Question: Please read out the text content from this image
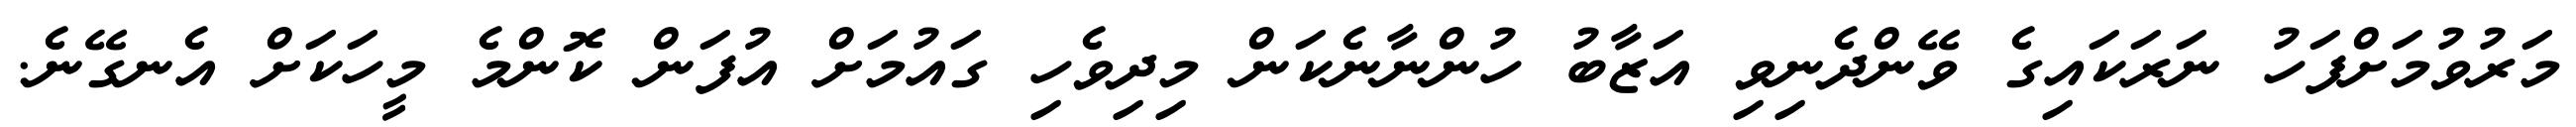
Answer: މަރުވުމަށްފަހު ނަރަކައިގެ ވޭންދެނިވި އަޒާބު ހުންނާނެކަން މިދިވެހި ގައުމަށް އުފަން ކޮންމެ މީހަކަށް އެނގޭނެ.